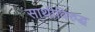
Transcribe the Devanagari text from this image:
साथीविरुद्ध